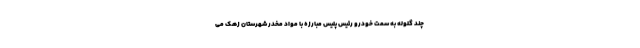
چند گلوله به سمت خودرو رئیس پلیس مبارزه با مواد مخدر شهرستان زهک می